Vaccination United Provinces of Agra and Oudh 1923-1928 - 1923-1928
Year: 1923
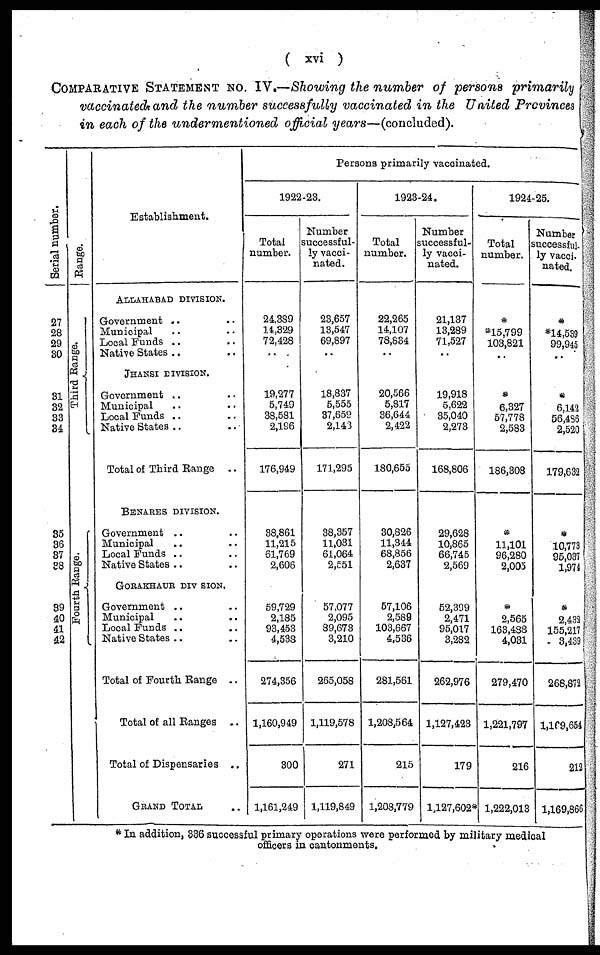
( xvi )
COMPARATIVE STATEMENT No. IV.—Showing the number of persons primarily
vaccinated and the number successfully vaccinated in the United Provinces
in each of the undermentioned official years—(concluded).
Serial number.
27
28
29
30
31
32
33
34
35
36
37
38
39
40
41
42
Range.
Third Range.
Fourth Range.
Establishment.
ALLAHABAD DIVISION.
Government .. ..
Municipal .. ..
Local Funds .. ..
Native States .. ..
JHANSI DIVISION.
Government .. ..
Municipal .. ..
Local Funds .. ..
Native States .. ..
Total of Third Range ..
BENARES DIVISION.
Government .. ..
Municipal .. ..
Local Funds .. ..
Native States .. ..
GORAKHAUR DIVISION.
Government .. ..
Municipal .. ..
Local Funds .. ..
Native States .. ..
Total of Fourth Range ..
Total of all Ranges
..
Total of Dispensaries ..
GRAND TOTAL ..
Persons primarily vaccinated.
1922-23.
Total
number.
24,389
14,329
72,428
..
19,277
5,749
38,581
2,196
176,949
38,861
11,215
61,769
2,606
59,729
2,185
93,453
4,538
274,356
1,160,949
300
1,161,249
Number
successful-
ly vacci-
nated.
23,657
13,547
69,897
..
18,837
5,555
37,659
2,143
171,295
38,357
11,031
61,064
2,551
57,077
2,095
89,673
3,210
265,058
1,119,578
271
1,119,849
1923-24.
Total
number.
22,265
14,107
78,834
..
20,566
5,817
36,644
2,422
180,655
30,826
11,344
68,856
2,637
57,106
2,589
103,667
4,536
281,561
1,208,564
215
1,208,779
Number
successful-
ly vacci-
nated.
21,137
13,289
71,527
..
19,918
5,622
35,040
2,273
168,806
29,628
10,865
66,745
2,569
52,399
2,471
95,017
3,282
262,976
1,127,423
179
1,127,602*
1924-25.
Total
number.
*
*15,799
103,821
..
*
6,327
57,778
2,583
186,308
*
11,101
96,280
2,005
*
2,565
163,488
4,031
279,470
1,221,797
216
1,222,013
Number
successful-
ly vacci-
nated.
*
*14,539
99,945
..
*
6,142
56,486
2,520
179,632
*
10,773
95,037
1,974
*
2,432
155,217
3,439
268,872
1,169,654
212
1,169,866
* In addition, 336 successful primary operations were performed by military medical
officers in cantonments.